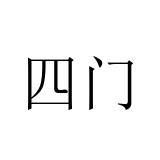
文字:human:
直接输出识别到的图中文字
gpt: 四门